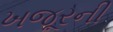
ખજૂરની